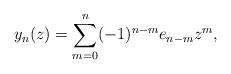
LaTeX: \begin{align*} y_n(z) = \sum_{m=0}^n (-1)^{n-m} e_{n-m} z^m,\end{align*}